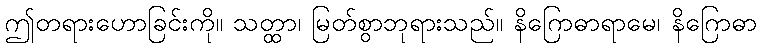
ဤတရားဟောခြင်းကို။ သတ္ထာ၊ မြတ်စွာဘုရားသည်။ နိဂြောဓာရာမေ၊ နိဂြောဓာ